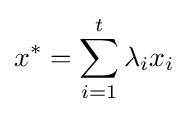
x^{\ast }=\sum _{i=1}^{t}\lambda _{i}x_{i}